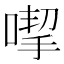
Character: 𠹙